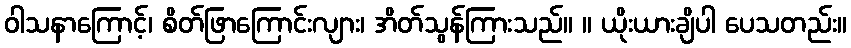
ဝါသနာကြောင့်၊ စိတ်ဖြာကြောင်းလျား၊ အိတ်သွန်ကြားသည်။ ။ ယိုးယားချိပါ ပေသတည်း။